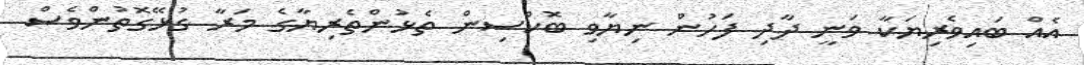
އެއް ބައިވެރިޔަކާ ވަނީ ދާދި ފަހުން ނިޔާވި ބޮކްސިން ތެޅުންތެރިޔާގެ މަރާ ގުޅޭގޮތުންވެސް